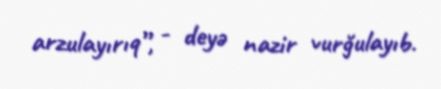
arzulayırıq”, - deyə nazir vurğulayıb.